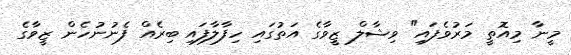
މީނާ މިއޮތީ މަރުވެފައި" ވިޝާލް ޒީވާގެ އަތުގައި ހިފާލާފައި ބިރެއް ފެނުނުހެން ޒީވާގެ